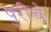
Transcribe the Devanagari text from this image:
पुरीचे